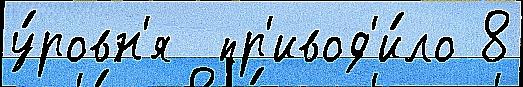
у́ровн'я  пр'ивод'и́ло 8